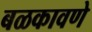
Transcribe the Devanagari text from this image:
बळकावणे